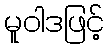
မူဝါဒဖြင့်